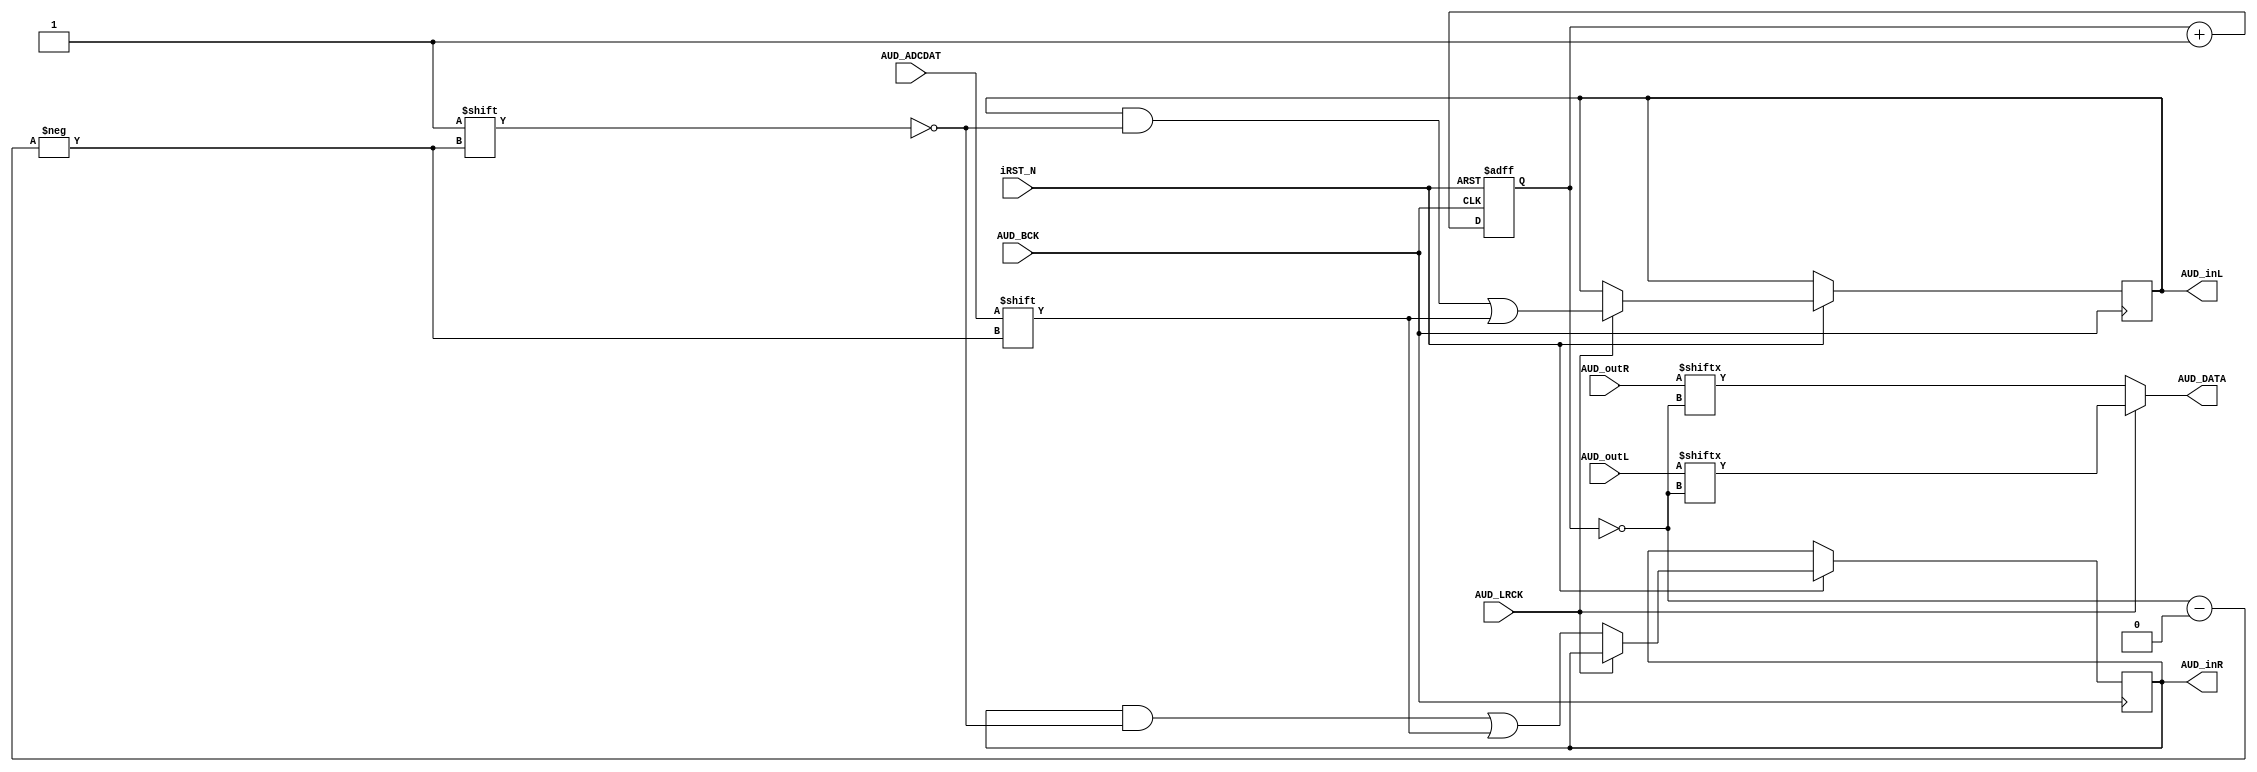
module audio_converter (
	// Audio side
	input AUD_BCK,    // Audio bit clock
	input AUD_LRCK,   // left-right clock
	input AUD_ADCDAT,
	output AUD_DATA,
	// Controller side
	input iRST_N,  // reset
	input [15:0] AUD_outL,
	input [15:0] AUD_outR,
	output reg[15:0] AUD_inL,
	output reg[15:0] AUD_inR
);


//	16 Bits - MSB First
// Clocks in the ADC input
// and sets up the output bit selector

reg [3:0] SEL_Cont;
always@(negedge AUD_BCK or negedge iRST_N)
begin
	if(!iRST_N) SEL_Cont <= 4'h0;
	else
	begin
	   SEL_Cont <= SEL_Cont+1'b1; //4 bit counter, so it wraps at 16
	   if (AUD_LRCK) AUD_inL[~(SEL_Cont)] <= AUD_ADCDAT;
	   else AUD_inR[~(SEL_Cont)] <= AUD_ADCDAT;
	end
end

// output the DAC bit-stream
assign AUD_DATA = (AUD_LRCK)? AUD_outL[~SEL_Cont]: AUD_outR[~SEL_Cont] ;

endmodule